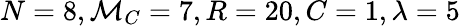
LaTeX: N=8,\mathcal{M}_{C}=7,R=20,C=1,\lambda=5